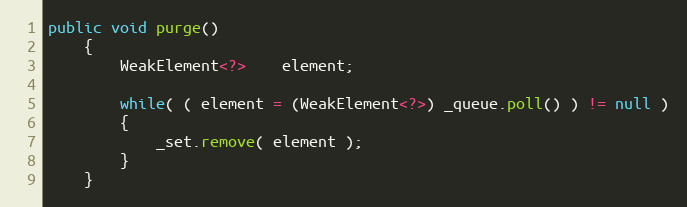
Language: Java
public void purge()
    {
        WeakElement<?>    element;

        while( ( element = (WeakElement<?>) _queue.poll() ) != null )
        {
            _set.remove( element );
        }
    }